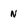
Character: n